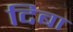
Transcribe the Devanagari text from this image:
दिबा